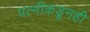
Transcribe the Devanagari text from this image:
पत्‍नीकडूनही